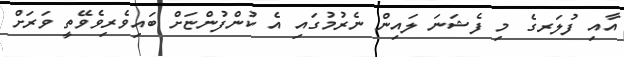
އާއި ފުލަރގެ މި ފެޝަނަ ލައިން ނެރުމުގައި އެ ކުންފުންޏަށް ބައިވެރިވެވޭތީ ވަރަށް